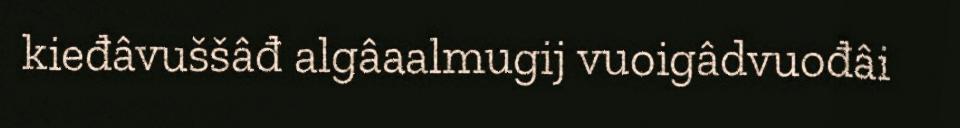
kieđâvuššâđ algâaalmugij vuoigâdvuođâi